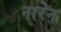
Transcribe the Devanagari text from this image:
नारेन